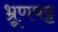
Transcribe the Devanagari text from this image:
भ्रूणपट्ट